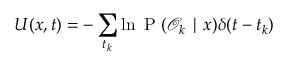
U ( x , t ) = - \sum _ { t _ { k } } \ln \mathrm { ~ P ~ } ( \mathcal { O } _ { k } \mid x ) \delta ( t - t _ { k } )